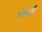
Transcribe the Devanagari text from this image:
भेरूजी